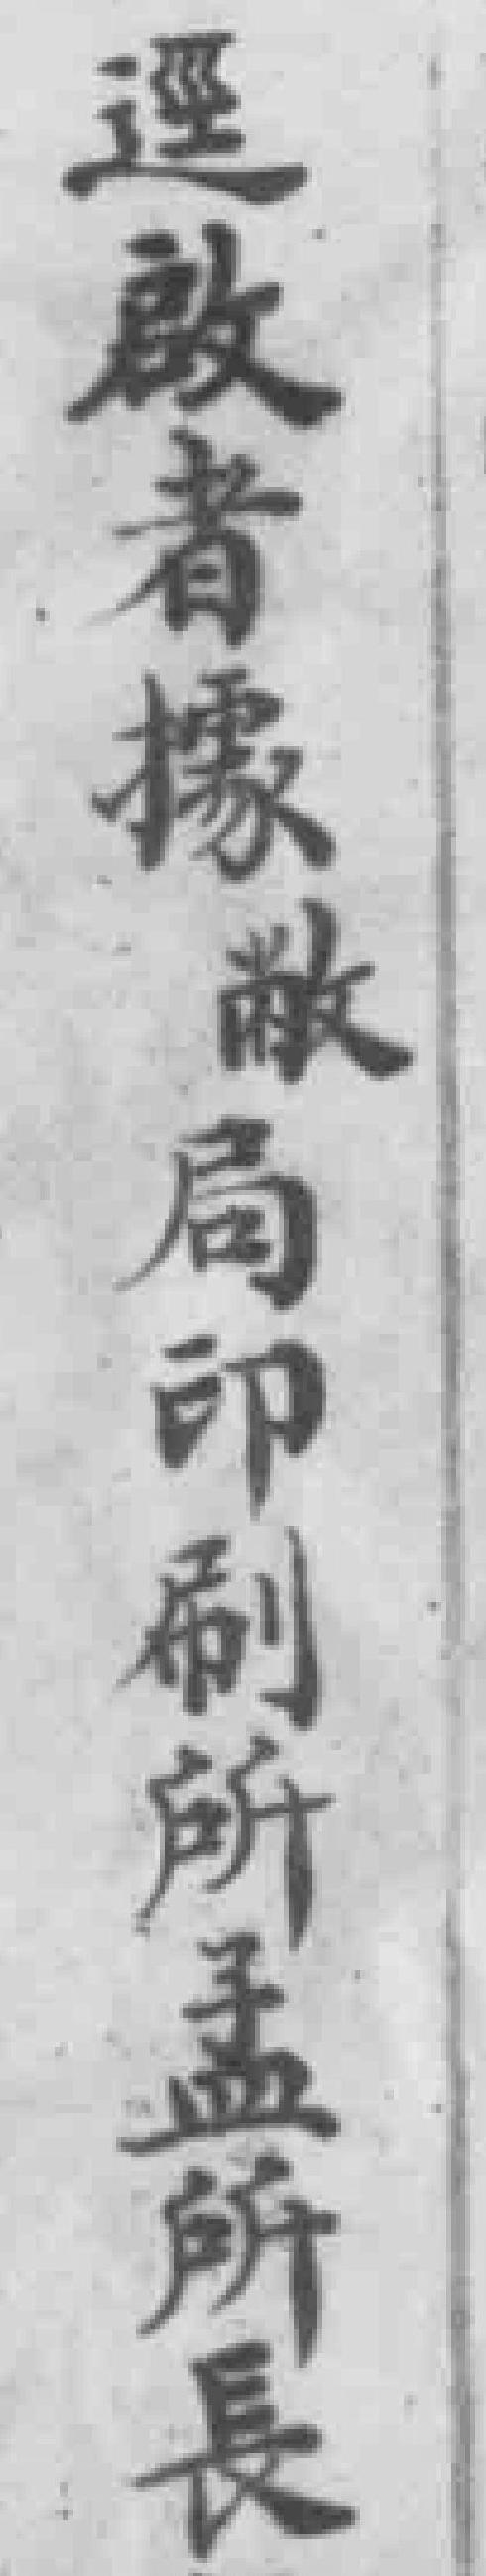
逕啟者據敝局印刷所孟所長